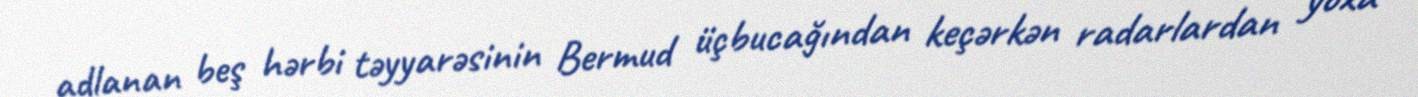
adlanan beş hərbi təyyarəsinin Bermud üçbucağından keçərkən radarlardan yoxa